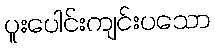
ပူးပေါင်းကျင်းပသော